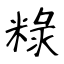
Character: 粶